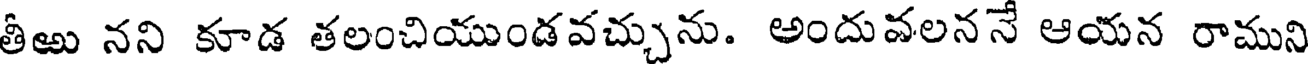
తీఱు నని కూడ తలంచియుండవచ్చును. అందువలననే ఆయన రాముని